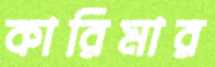
কারিমার